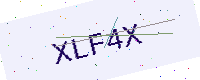
Text: XLF4X